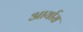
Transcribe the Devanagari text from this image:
आर्यास